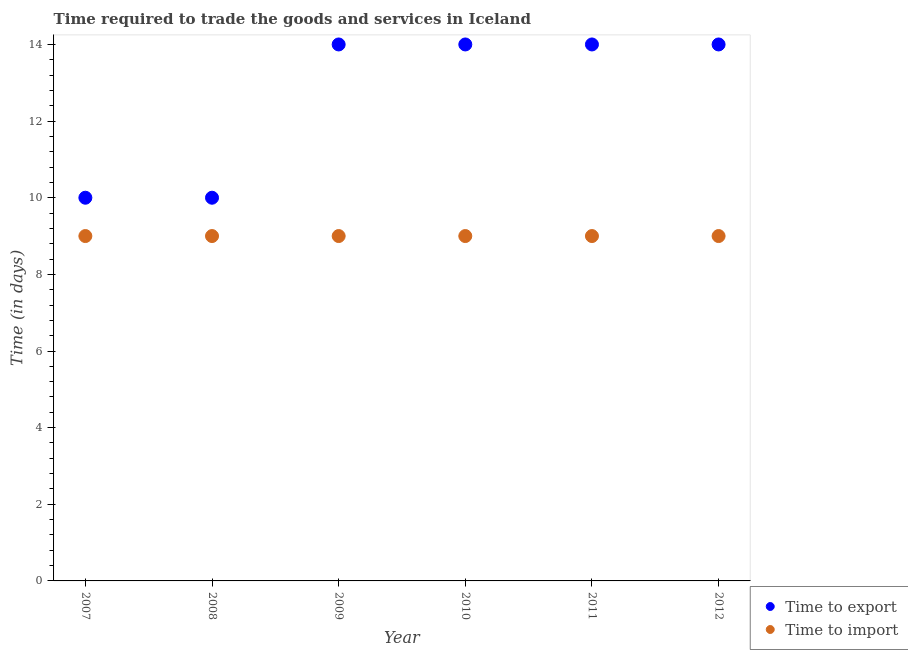
| Year | Time to export | Time to import |
 | --- | --- | --- |
 | 2007 | 10 | 9 |
 | 2008 | 10 | 9 |
 | 2009 | 14 | 9 |
 | 2010 | 14 | 9 |
 | 2011 | 14 | 9 |
 | 2012 | 14 | 9 |